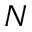
N